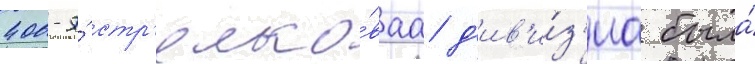
400-я́ стр'елко́ваа д'ив'и́з'иа была́